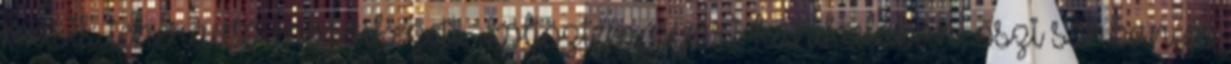
másik teherautó megérkezett. Költöztem nyári kánikulában, őszi sárban és